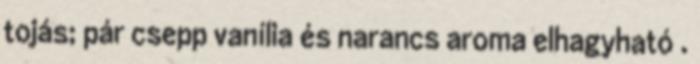
tojás; pár csepp vanília és narancs aroma elhagyható .